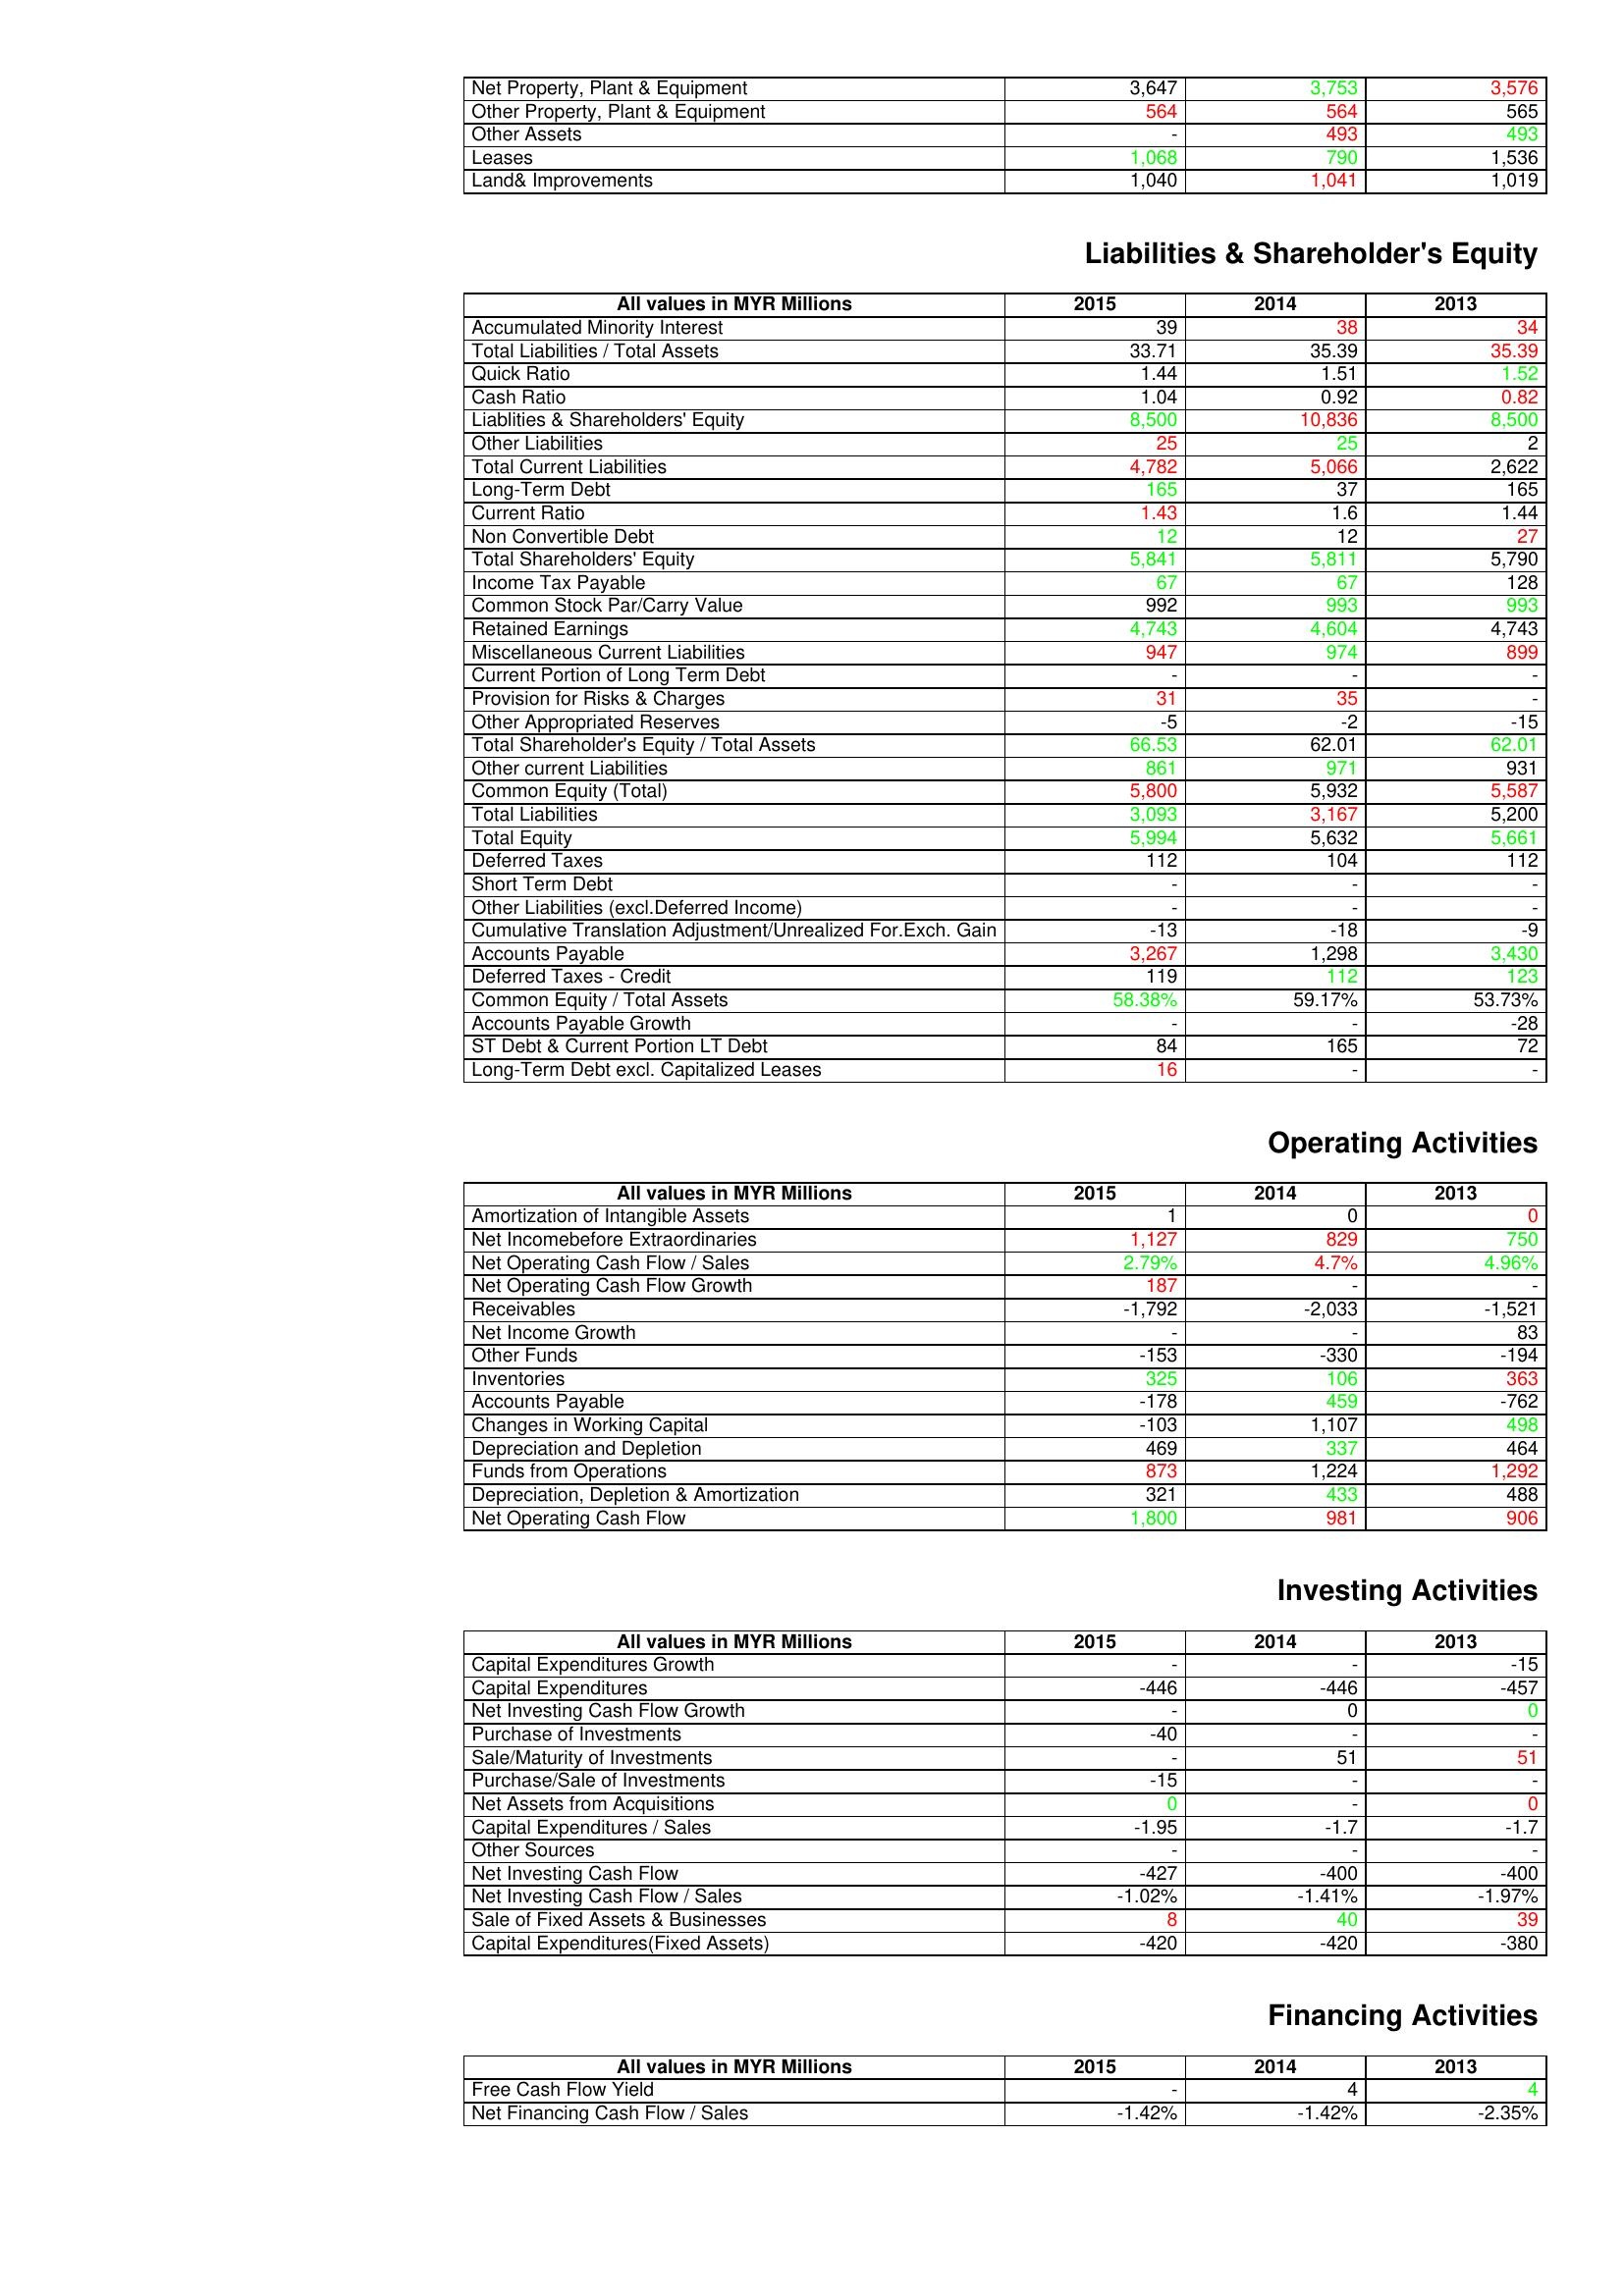
gt_parse: 2015: Assets: Net Property, Plant & Equipment: 3,647
Other Property, Plant & Equipment: 564
Other Assets: -
Leases: 1,068
Land& Improvements: 1,040
Liabilities & Shareholder's Equity: Accumulated Minority Interest: 39
Total Liabilities / Total Assets: 33.71
Quick Ratio: 1.44
Cash Ratio: 1.04
Liablities & Shareholders' Equity: 8,500
Other Liabilities: 25
Total Current Liabilities: 4,782
Long-Term Debt: 165
Current Ratio: 1.43
Non Convertible Debt: 12
Total Shareholders' Equity: 5,841
Income Tax Payable: 67
Common Stock Par/Carry Value: 992
Retained Earnings: 4,743
Miscellaneous Current Liabilities: 947
Current Portion of Long Term Debt: -
Provision for Risks & Charges: 31
Other Appropriated Reserves: -5
Total Shareholder's Equity / Total Assets: 66.53
Other current Liabilities: 861
Common Equity (Total): 5,800
Total Liabilities: 3,093
Total Equity: 5,994
Deferred Taxes: 112
Short Term Debt: -
Other Liabilities (excl.Deferred Income): -
Cumulative Translation Adjustment/Unrealized For.Exch. Gain: -13
Accounts Payable: 3,267
Deferred Taxes - Credit: 119
Common Equity / Total Assets: 58.38%
Accounts Payable Growth: -
ST Debt & Current Portion LT Debt: 84
Long-Term Debt excl. Capitalized Leases: 16
Operating Activities: Amortization of Intangible Assets: 1
Net Incomebefore Extraordinaries: 1,127
Net Operating Cash Flow / Sales: 2.79%
Net Operating Cash Flow Growth: 187
Receivables: -1,792
Net Income Growth: -
Other Funds: -153
Inventories: 325
Accounts Payable: -178
Changes in Working Capital: -103
Depreciation and Depletion: 469
Funds from Operations: 873
Depreciation, Depletion & Amortization: 321
Net Operating Cash Flow: 1,800
Investing Activities: Capital Expenditures Growth: -
Capital Expenditures: -446
Net Investing Cash Flow Growth: -
Purchase of Investments: -40
Sale/Maturity of Investments: -
Purchase/Sale of Investments: -15
Net Assets from Acquisitions: 0
Capital Expenditures / Sales: -1.95
Other Sources: -
Net Investing Cash Flow: -427
Net Investing Cash Flow / Sales: -1.02%
Sale of Fixed Assets & Businesses: 8
Capital Expenditures(Fixed Assets): -420
Financing Activities: Free Cash Flow Yield: -
Net Financing Cash Flow / Sales: -1.42%
2014: Assets: Net Property, Plant & Equipment: 3,753
Other Property, Plant & Equipment: 564
Other Assets: 493
Leases: 790
Land& Improvements: 1,041
Liabilities & Shareholder's Equity: Accumulated Minority Interest: 38
Total Liabilities / Total Assets: 35.39
Quick Ratio: 1.51
Cash Ratio: 0.92
Liablities & Shareholders' Equity: 10,836
Other Liabilities: 25
Total Current Liabilities: 5,066
Long-Term Debt: 37
Current Ratio: 1.6
Non Convertible Debt: 12
Total Shareholders' Equity: 5,811
Income Tax Payable: 67
Common Stock Par/Carry Value: 993
Retained Earnings: 4,604
Miscellaneous Current Liabilities: 974
Current Portion of Long Term Debt: -
Provision for Risks & Charges: 35
Other Appropriated Reserves: -2
Total Shareholder's Equity / Total Assets: 62.01
Other current Liabilities: 971
Common Equity (Total): 5,932
Total Liabilities: 3,167
Total Equity: 5,632
Deferred Taxes: 104
Short Term Debt: -
Other Liabilities (excl.Deferred Income): -
Cumulative Translation Adjustment/Unrealized For.Exch. Gain: -18
Accounts Payable: 1,298
Deferred Taxes - Credit: 112
Common Equity / Total Assets: 59.17%
Accounts Payable Growth: -
ST Debt & Current Portion LT Debt: 165
Long-Term Debt excl. Capitalized Leases: -
Operating Activities: Amortization of Intangible Assets: 0
Net Incomebefore Extraordinaries: 829
Net Operating Cash Flow / Sales: 4.7%
Net Operating Cash Flow Growth: -
Receivables: -2,033
Net Income Growth: -
Other Funds: -330
Inventories: 106
Accounts Payable: 459
Changes in Working Capital: 1,107
Depreciation and Depletion: 337
Funds from Operations: 1,224
Depreciation, Depletion & Amortization: 433
Net Operating Cash Flow: 981
Investing Activities: Capital Expenditures Growth: -
Capital Expenditures: -446
Net Investing Cash Flow Growth: 0
Purchase of Investments: -
Sale/Maturity of Investments: 51
Purchase/Sale of Investments: -
Net Assets from Acquisitions: -
Capital Expenditures / Sales: -1.7
Other Sources: -
Net Investing Cash Flow: -400
Net Investing Cash Flow / Sales: -1.41%
Sale of Fixed Assets & Businesses: 40
Capital Expenditures(Fixed Assets): -420
Financing Activities: Free Cash Flow Yield: 4
Net Financing Cash Flow / Sales: -1.42%
2013: Assets: Net Property, Plant & Equipment: 3,576
Other Property, Plant & Equipment: 565
Other Assets: 493
Leases: 1,536
Land& Improvements: 1,019
Liabilities & Shareholder's Equity: Accumulated Minority Interest: 34
Total Liabilities / Total Assets: 35.39
Quick Ratio: 1.52
Cash Ratio: 0.82
Liablities & Shareholders' Equity: 8,500
Other Liabilities: 2
Total Current Liabilities: 2,622
Long-Term Debt: 165
Current Ratio: 1.44
Non Convertible Debt: 27
Total Shareholders' Equity: 5,790
Income Tax Payable: 128
Common Stock Par/Carry Value: 993
Retained Earnings: 4,743
Miscellaneous Current Liabilities: 899
Current Portion of Long Term Debt: -
Provision for Risks & Charges: -
Other Appropriated Reserves: -15
Total Shareholder's Equity / Total Assets: 62.01
Other current Liabilities: 931
Common Equity (Total): 5,587
Total Liabilities: 5,200
Total Equity: 5,661
Deferred Taxes: 112
Short Term Debt: -
Other Liabilities (excl.Deferred Income): -
Cumulative Translation Adjustment/Unrealized For.Exch. Gain: -9
Accounts Payable: 3,430
Deferred Taxes - Credit: 123
Common Equity / Total Assets: 53.73%
Accounts Payable Growth: -28
ST Debt & Current Portion LT Debt: 72
Long-Term Debt excl. Capitalized Leases: -
Operating Activities: Amortization of Intangible Assets: 0
Net Incomebefore Extraordinaries: 750
Net Operating Cash Flow / Sales: 4.96%
Net Operating Cash Flow Growth: -
Receivables: -1,521
Net Income Growth: 83
Other Funds: -194
Inventories: 363
Accounts Payable: -762
Changes in Working Capital: 498
Depreciation and Depletion: 464
Funds from Operations: 1,292
Depreciation, Depletion & Amortization: 488
Net Operating Cash Flow: 906
Investing Activities: Capital Expenditures Growth: -15
Capital Expenditures: -457
Net Investing Cash Flow Growth: 0
Purchase of Investments: -
Sale/Maturity of Investments: 51
Purchase/Sale of Investments: -
Net Assets from Acquisitions: 0
Capital Expenditures / Sales: -1.7
Other Sources: -
Net Investing Cash Flow: -400
Net Investing Cash Flow / Sales: -1.97%
Sale of Fixed Assets & Businesses: 39
Capital Expenditures(Fixed Assets): -380
Financing Activities: Free Cash Flow Yield: 4
Net Financing Cash Flow / Sales: -2.35%